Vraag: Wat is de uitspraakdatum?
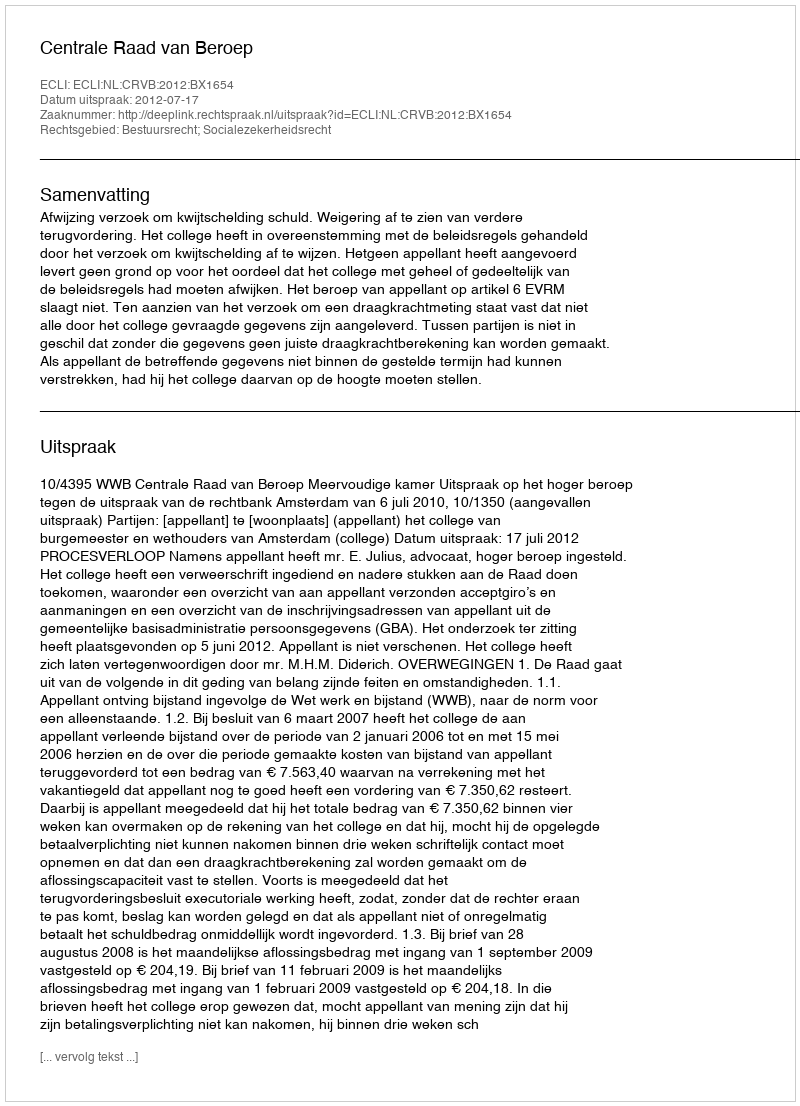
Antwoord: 2012-07-17